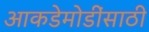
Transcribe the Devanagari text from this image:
आकडेमोडींसाठी